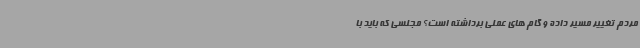
مردم تغییر مسیر داده و گام های عملی برداشته است؟ مجلسی که باید با